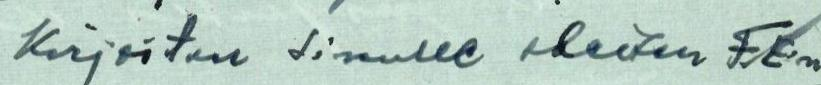
Kirjoitan sinulle oheisen FE:n